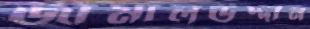
জামালউদ্দীন